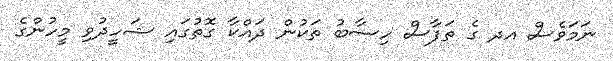
ނަމަވެސް އދ ގެ ތަފާސް ހިސާބު ތަކުން ދައްކާ ގޮތުގައި ޝަހީދުވި މީހުންގެ